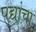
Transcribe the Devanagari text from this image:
पद्यांचा